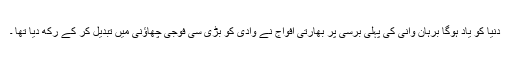
دنیا کو یاد ہوگا برہان وانی کی پہلی برسی پر بھارتی افواج نے وادی کو بڑی سی فوجی چھاؤنی میں تبدیل کر کے رکھ دیا تھا ۔